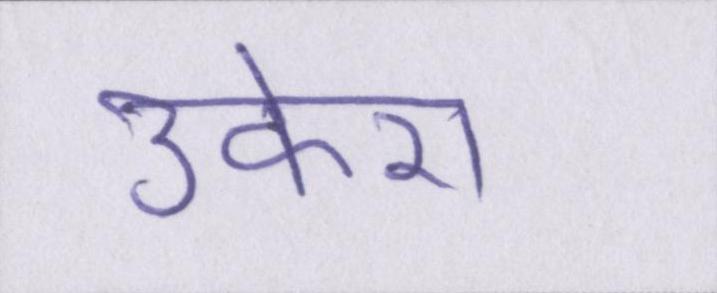
उकेरा